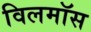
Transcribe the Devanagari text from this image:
विलमॉस